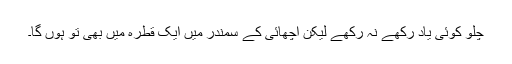
چلو کوئی یاد رکھے نہ رکھے لیکن اچھائی کے سمندر میں ایک قطرہ میں بھی تو ہوں گا۔